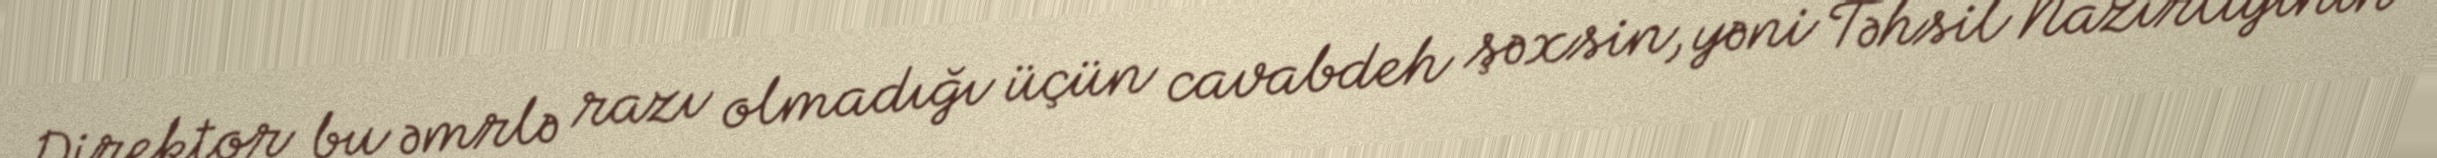
Direktor bu əmrlə razı olmadığı üçün cavabdeh şəxsin, yəni Təhsil Nazirliyinin